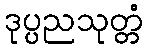
ဒုပ္ပညသုတ္တံ